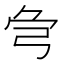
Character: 𢏃